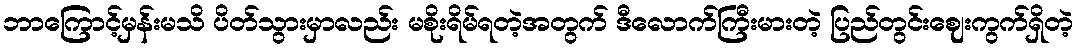
ဘာကြောင့်မှန်းမသိ ပိတ်သွားမှာလည်း မစိုးရိမ်ရတဲ့အတွက် ဒီလောက်ကြီးမားတဲ့ ပြည်တွင်းဈေးကွက်ရှိတဲ့